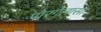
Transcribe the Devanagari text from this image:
पोरगेलासा